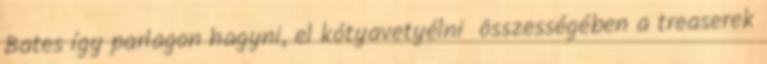
Bates így parlagon hagyni, el kótyavetyélni összességében a treaserek